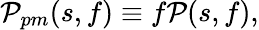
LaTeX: \mathcal{P}_{pm}(s,f)\equiv f\mathcal{P}(s,f),